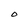
Character: O